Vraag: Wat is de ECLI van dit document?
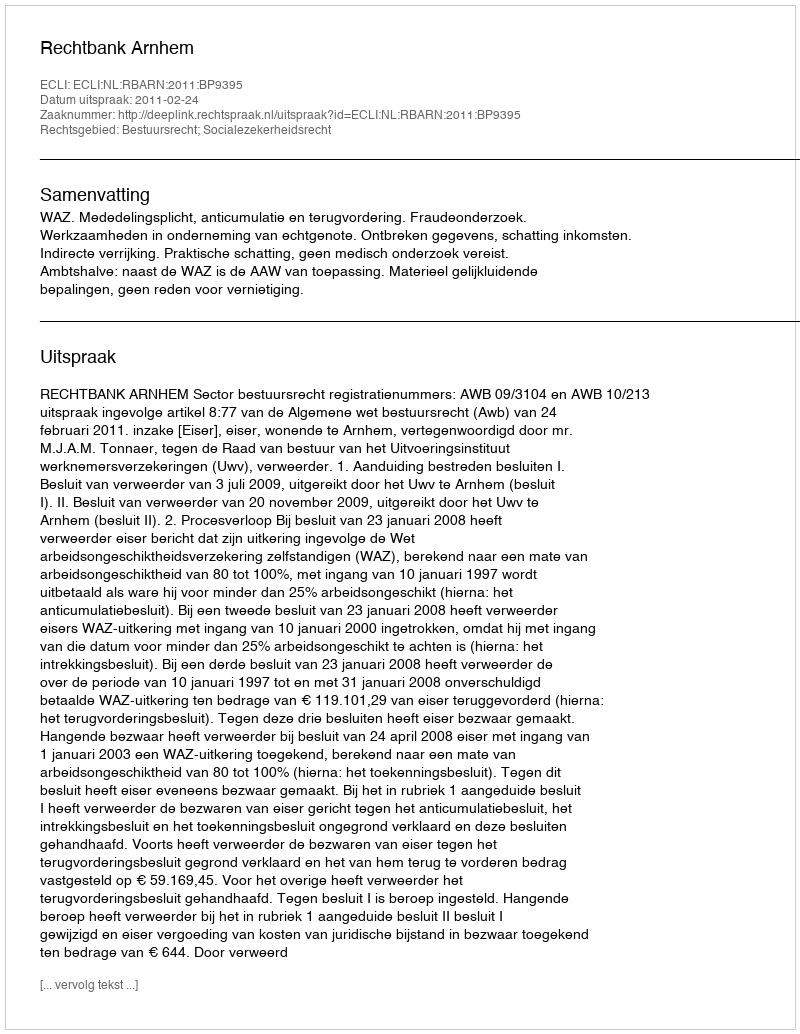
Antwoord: ECLI:NL:RBARN:2011:BP9395